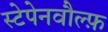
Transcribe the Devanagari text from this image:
स्टेपेनवौल्फ़